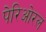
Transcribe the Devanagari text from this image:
पेरिओरल